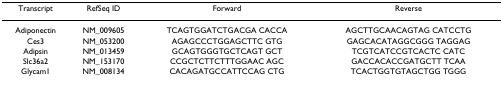
<table><thead><tr><td><b>Transcript</b></td><td><b>RefSeq ID</b></td><td><b>Forward</b></td><td><b>Reverse</b></td></tr></thead><tbody><tr><td>Adiponectin</td><td>NM_009605</td><td>TCAGTGGATCTGACGA CACCA</td><td>AGCTTGCAACAGTAG CATCCTG</td></tr><tr><td>Ces3</td><td>NM_053200</td><td>AGAGCCCTGGAGCTTC GTG</td><td>GAGCACATAGGCGGG TAGGAG</td></tr><tr><td>Adipsin</td><td>NM_013459</td><td>GCAGTGGGTGCTCAGT GCT</td><td>TCGTCATCCGTCACTC CATC</td></tr><tr><td>Slc36a2</td><td>NM_153170</td><td>CCGCTCTTCTTTGGAAC AGC</td><td>GACCACACCGATGCTT TCAA</td></tr><tr><td>Glycam1</td><td>NM_008134</td><td>CACAGATGCCATTCCAG CTG</td><td>TCACTGGTGTAGCTGG TGGG</td></tr></tbody></table>